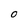
Character: 0